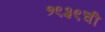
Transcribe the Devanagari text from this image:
१९३९ची